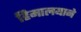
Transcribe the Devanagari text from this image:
हिमालयाने